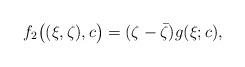
LaTeX: \begin{align*}f_2\big((\xi,\zeta),c\big) = (\zeta - \bar \zeta) g(\xi;c),\end{align*}